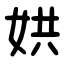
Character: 娂